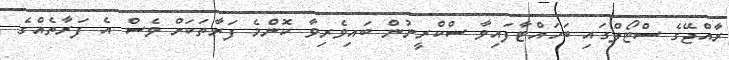
ރާއްޖޭގެ ސްޓޯލްގައި ބަހައްޓާފައިވާ ސްކްރީނުން ބައިވެރިވާ ކޮންމެ ފަރާތަކަށް ވެސް އެ ފަރާތެއްގެ